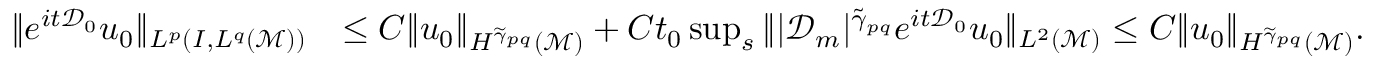
\begin{array} { r l } { \| e ^ { i t \mathcal { D } _ { 0 } } u _ { 0 } \| _ { L ^ { p } ( I , L ^ { q } ( \mathcal { M } ) ) } } & { \leq C \| u _ { 0 } \| _ { H ^ { \widetilde { \gamma } _ { p q } } ( \mathcal { M } ) } + C t _ { 0 } \operatorname* { s u p } _ { s } \| | \mathcal { D } _ { m } | ^ { \widetilde { \gamma } _ { p q } } e ^ { i t \mathcal { D } _ { 0 } } u _ { 0 } \| _ { L ^ { 2 } ( \mathcal { M } ) } \leq C \| u _ { 0 } \| _ { H ^ { \widetilde { \gamma } _ { p q } } ( \mathcal { M } ) } . } \end{array}